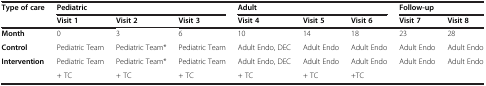
<table><thead><tr><td><b>Type of care</b></td><td colspan="3"><b>Pediatric</b></td><td colspan="3"><b>Adult</b></td><td colspan="2"><b>Follow-up</b></td></tr><tr><td><b> </b></td><td><b>Visit 1</b></td><td><b>Visit 2</b></td><td><b>Visit 3</b></td><td><b>Visit 4</b></td><td><b>Visit 5</b></td><td><b>Visit 6</b></td><td><b>Visit 7</b></td><td><b>Visit 8</b></td></tr></thead><tbody><tr><td><b>Month</b></td><td>0</td><td>3</td><td>6</td><td>10</td><td>14</td><td>18</td><td>23</td><td>28</td></tr><tr><td><b>Control</b></td><td>Pediatric Team</td><td>Pediatric Team*</td><td>Pediatric Team</td><td>Adult Endo, DEC</td><td>Adult Endo</td><td>Adult Endo</td><td>Adult Endo</td><td>Adult Endo</td></tr><tr><td rowspan="2"><b>Intervention</b></td><td>Pediatric Team</td><td>Pediatric Team*</td><td>Pediatric Team</td><td>Adult Endo, DEC</td><td>Adult Endo</td><td>Adult Endo</td><td rowspan="2">Adult Endo</td><td rowspan="2">Adult Endo</td></tr><tr><td>+ TC</td><td>+ TC</td><td>+ TC</td><td>+ TC</td><td>+ TC</td><td>+TC</td></tr></tbody></table>